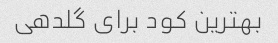
بهترین کود برای گلدهی